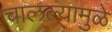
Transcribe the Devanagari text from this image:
चालल्यामुळे